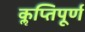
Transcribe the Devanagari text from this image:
कॢप्तिपूर्ण